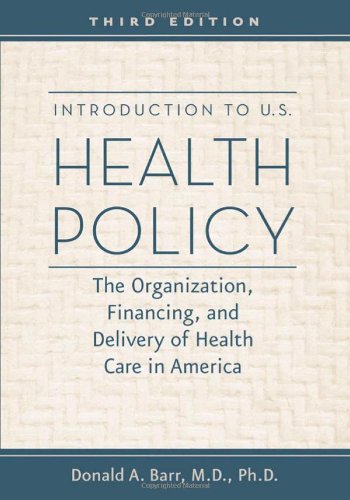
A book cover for Introduction to U.S. Health Policy: The Organization, Financing, and Delivery of Health Care in America; Donald A. Barr; Medical Books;